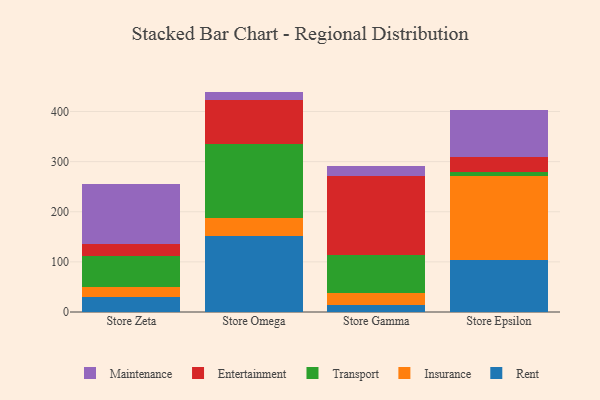
{"axis": {"x": "Store", "y": "Market Share (%)"}, "legend": ["Entertainment", "Insurance", "Maintenance", "Rent", "Transport"], "data": [{"x": "Store Zeta", "y": 30.7, "type": "Rent"}, {"x": "Store Zeta", "y": 18.8, "type": "Insurance"}, {"x": "Store Zeta", "y": 63.2, "type": "Transport"}, {"x": "Store Zeta", "y": 23.6, "type": "Entertainment"}, {"x": "Store Zeta", "y": 119.3, "type": "Maintenance"}, {"x": "Store Omega", "y": 151.6, "type": "Rent"}, {"x": "Store Omega", "y": 35.4, "type": "Insurance"}, {"x": "Store Omega", "y": 148.1, "type": "Transport"}, {"x": "Store Omega", "y": 87.5, "type": "Entertainment"}, {"x": "Store Omega", "y": 17.1, "type": "Maintenance"}, {"x": "Store Gamma", "y": 14.4, "type": "Rent"}, {"x": "Store Gamma", "y": 23.1, "type": "Insurance"}, {"x": "Store Gamma", "y": 76.0, "type": "Transport"}, {"x": "Store Gamma", "y": 158.8, "type": "Entertainment"}, {"x": "Store Gamma", "y": 19.3, "type": "Maintenance"}, {"x": "Store Epsilon", "y": 103.8, "type": "Rent"}, {"x": "Store Epsilon", "y": 168.1, "type": "Insurance"}, {"x": "Store Epsilon", "y": 7.7, "type": "Transport"}, {"x": "Store Epsilon", "y": 28.8, "type": "Entertainment"}, {"x": "Store Epsilon", "y": 93.8, "type": "Maintenance"}]}